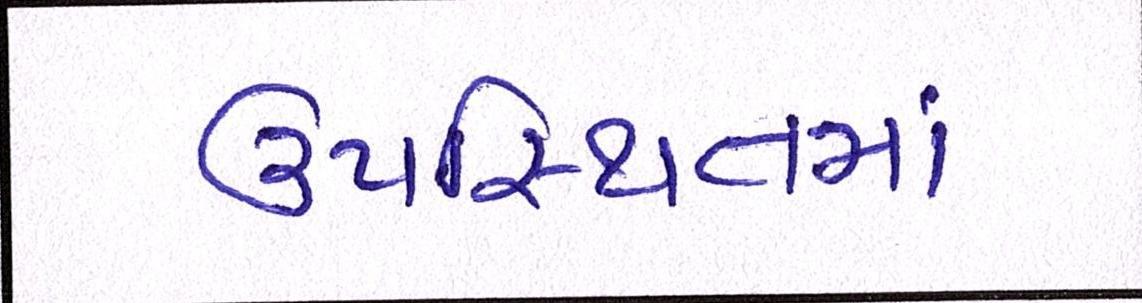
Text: ઉપસ્થિતમાં